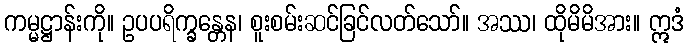
ကမ္မဋ္ဌာန်းကို။ ဥပပရိက္ခန္တေန၊ စူးစမ်းဆင်ခြင်လတ်သော်။ အဿ၊ ထိုမိမိအား။ ဣဒံ